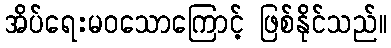
အိပ်ရေးမဝသောကြောင့် ဖြစ်နိုင်သည်။